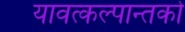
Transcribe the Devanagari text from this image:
यावत्कल्पान्तको